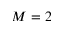
M = 2